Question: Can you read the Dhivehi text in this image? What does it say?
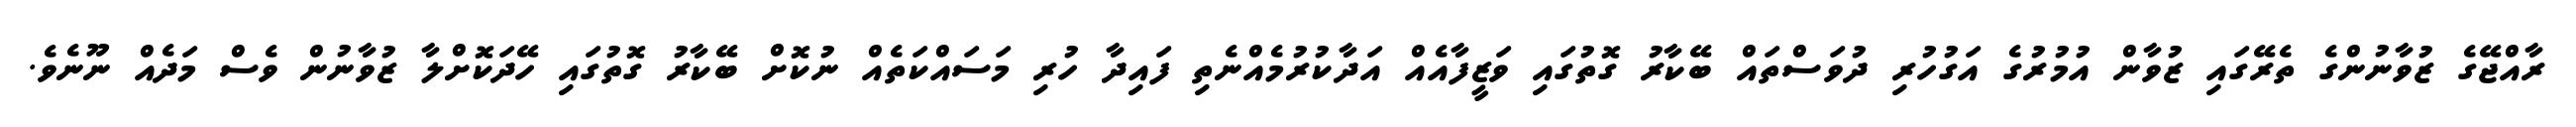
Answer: ރާއްޖޭގެ ޒުވާނުންގެ ތެރޭގައި ޒުވާން އުމުރުގެ އަގުހުރި ދުވަސްތައް ބޭކާރު ގޮތުގައި ވަޒީފާއެއް އަދާކުރުމެއްނެތި ފައިދާ ހުރި މަސައްކަތެއް ނުކޮށް ބޭކާރު ގޮތުގައި ހޭދަކޮށްލާ ޒުވާނުން ވެސް މަދެއް ނޫނެވެ.